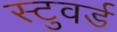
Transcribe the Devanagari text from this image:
स्टुवर्ड